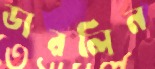
ডারলিন